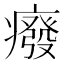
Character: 癈